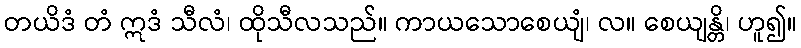
တယိဒံ တံ ဣဒံ သီလံ၊ ထိုသီလသည်။ ကာယသောစေယျံ၊ လ။ စေယျန္တိ၊ ဟူ၍။